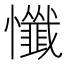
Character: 懺